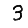
Digit: 3